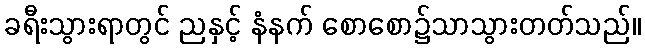
ခရီးသွားရာတွင် ညနှင့် နံနက် စောစော၌သာသွားတတ်သည်။